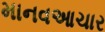
માનવઆચાર